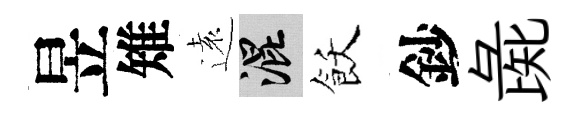
昱雉遠混飫鈔彘